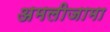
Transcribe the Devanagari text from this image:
अमलीजामा